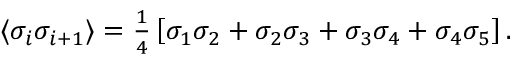
\begin{array} { r } { \langle \sigma _ { i } \sigma _ { i + 1 } \rangle = \frac { 1 } { 4 } \left[ \sigma _ { 1 } \sigma _ { 2 } + \sigma _ { 2 } \sigma _ { 3 } + \sigma _ { 3 } \sigma _ { 4 } + \sigma _ { 4 } \sigma _ { 5 } \right] . } \end{array}